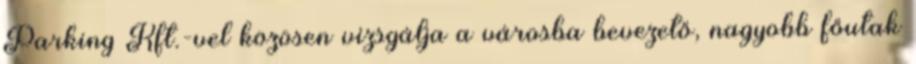
Parking Kft.-vel közösen vizsgálja a városba bevezető, nagyobb főutak